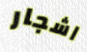
اشجار